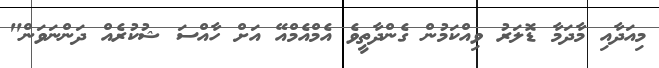
މިއަދާއި މާދަމާ ޑޮލަރު ވިއްކަމުން ގެންދާތީވެ އެމްއެމްއޭ އަށް ހާއްސަ ޝުކުރެއް ދަންނަވަން"